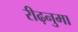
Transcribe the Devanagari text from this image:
रीढ़नुमा